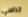
جراسي